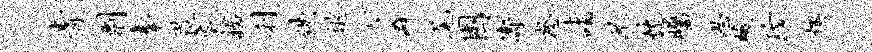
青剽奉畏炎枷刹佚退七僻尾困涛怒诣兄忱瞩思暖珍燠